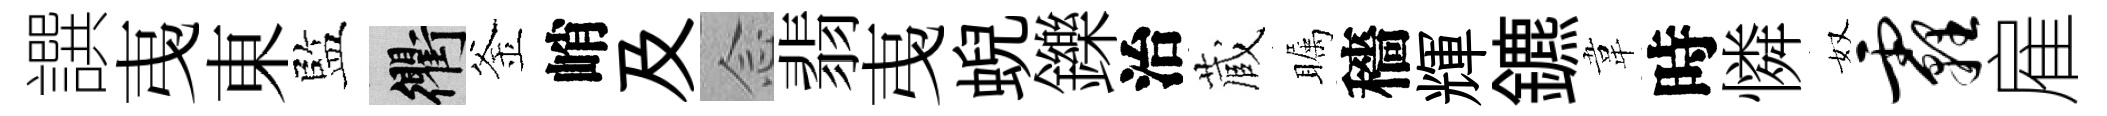
譔𢎯東監衢釜峭及𫝹翡𢎯蜺鑠治蔵瞩穡輝鑣韋時憐奴霾雇